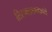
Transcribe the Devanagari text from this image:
तिरुमालम्बाको